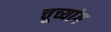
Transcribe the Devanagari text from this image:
चूच्यांग